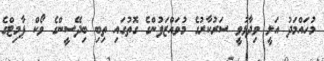
މުހައްމަދު އަލީ ވިދާޅުވީ ސަރުކާރުގެ މުވައްޒަފުންގެ ގޮތުގައި ތިބި ބިދޭސީންގެ ވޯކް ޕާމިޓްގެ